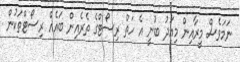
ނަމަވެސް މީރާއިން މިއަދު ބުނީ އެ ހަތް ރިސޯޓްގެ ތެރެއިން ބައެއް ރިސޯޓްތަކުން